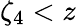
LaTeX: \zeta_{4}<z